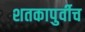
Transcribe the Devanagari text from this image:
शतकापुर्वीच